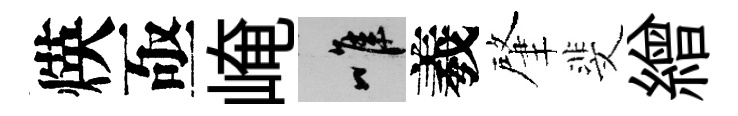
煐亟崦唯羲肇斐繒